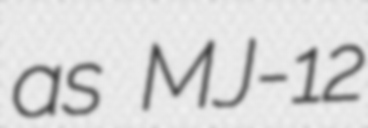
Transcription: as MJ-12